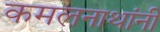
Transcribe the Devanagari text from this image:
कमलनाथांनी